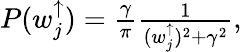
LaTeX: \begin{array}{r}{P(w_{j}^{\uparrow})=\frac{\gamma}{\pi}\frac{1}{(w_{j}^{\uparrow})^{2}+\gamma^{2}},}\end{array}